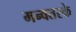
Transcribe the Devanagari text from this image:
मन्वतरके